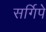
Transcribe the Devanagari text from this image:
सर्गिपे